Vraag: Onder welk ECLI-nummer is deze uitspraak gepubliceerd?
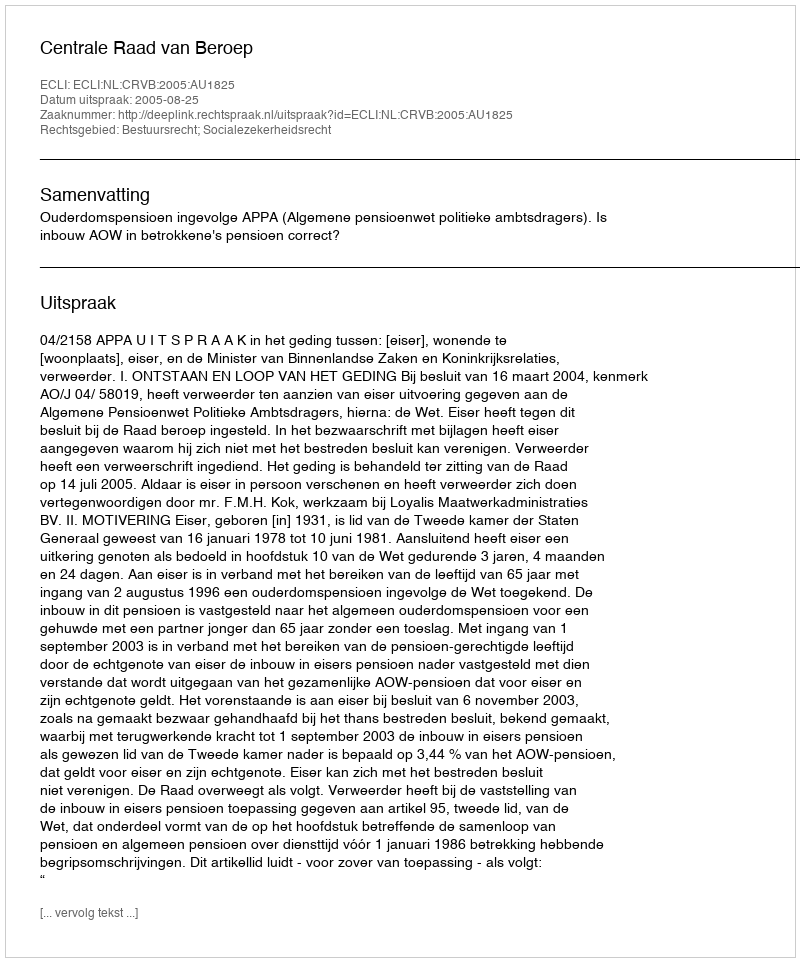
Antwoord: ECLI:NL:CRVB:2005:AU1825